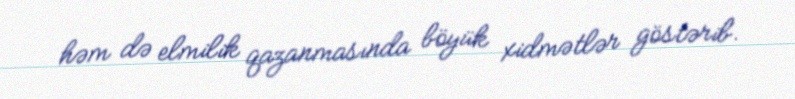
həm də elmilik qazanmasında böyük xidmətlər göstərib.